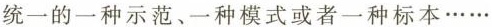
统一的一种示范、一种模式或者一种标本……